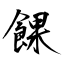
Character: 餜